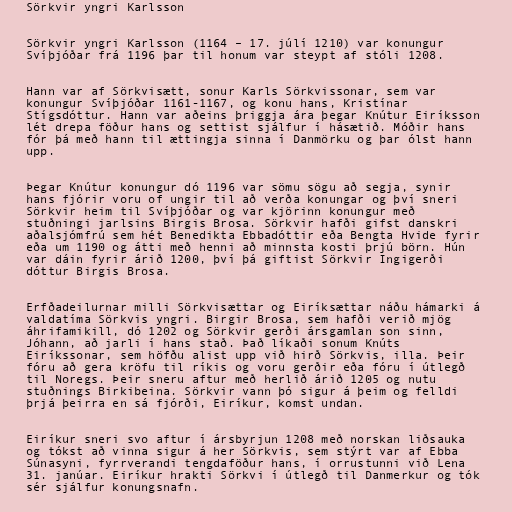
Sörkvir yngri Karlsson

Sörkvir yngri Karlsson (1164 – 17. júlí 1210) var konungur
Svíþjóðar frá 1196 þar til honum var steypt af stóli 1208.

Hann var af Sörkvisætt, sonur Karls Sörkvissonar, sem var
konungur Svíþjóðar 1161-1167, og konu hans, Kristínar
Stígsdóttur. Hann var aðeins þriggja ára þegar Knútur Eiríksson
lét drepa föður hans og settist sjálfur í hásætið. Móðir hans
fór þá með hann til ættingja sinna í Danmörku og þar ólst hann
upp.

Þegar Knútur konungur dó 1196 var sömu sögu að segja, synir
hans fjórir voru of ungir til að verða konungar og því sneri
Sörkvir heim til Svíþjóðar og var kjörinn konungur með
stuðningi jarlsins Birgis Brosa. Sörkvir hafði gifst danskri
aðalsjómfrú sem hét Benedikta Ebbadóttir eða Bengta Hvide fyrir
eða um 1190 og átti með henni að minnsta kosti þrjú börn. Hún
var dáin fyrir árið 1200, því þá giftist Sörkvir Ingigerði
dóttur Birgis Brosa.

Erfðadeilurnar milli Sörkvisættar og Eiríksættar náðu hámarki á
valdatíma Sörkvis yngri. Birgir Brosa, sem hafði verið mjög
áhrifamikill, dó 1202 og Sörkvir gerði ársgamlan son sinn,
Jóhann, að jarli í hans stað. Það líkaði sonum Knúts
Eiríkssonar, sem höfðu alist upp við hirð Sörkvis, illa. Þeir
fóru að gera kröfu til ríkis og voru gerðir eða fóru í útlegð
til Noregs. Þeir sneru aftur með herlið árið 1205 og nutu
stuðnings Birkibeina. Sörkvir vann þó sigur á þeim og felldi
þrjá þeirra en sá fjórði, Eiríkur, komst undan.

Eiríkur sneri svo aftur í ársbyrjun 1208 með norskan liðsauka
og tókst að vinna sigur á her Sörkvis, sem stýrt var af Ebba
Súnasyni, fyrrverandi tengdaföður hans, í orrustunni við Lena
31. janúar. Eiríkur hrakti Sörkvi í útlegð til Danmerkur og tók
sér sjálfur konungsnafn.